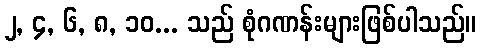
၂, ၄, ၆, ၈, ၁၀... သည် စုံဂဏန်းများဖြစ်ပါသည်။